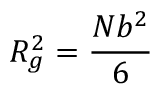
R _ { g } ^ { 2 } = \frac { N b ^ { 2 } } { 6 }